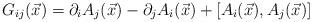
LaTeX: \begin{align*}G_{ij}(\vec{x}) = \partial_i A_j(\vec{x})- \partial_j A_i(\vec{x}) + [A_i(\vec{x}), A_j(\vec{x})]\end{align*}